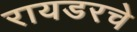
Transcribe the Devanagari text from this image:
रायडरचे